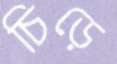
চিড়ে